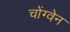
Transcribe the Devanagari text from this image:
चोंग्वेन